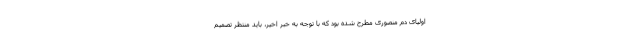
اولیای دم منصوری مطرح شده بود که با توجه به خبر اخیر، باید منتظر تصمیم